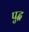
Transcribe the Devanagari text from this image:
पुद्ध